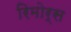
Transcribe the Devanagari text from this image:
रिमोर्स